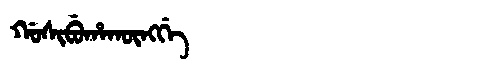
Manchu: ᡤᠣᠰᡳᠪᡠᡥᠠᡴᡡᠩᡤᡝ
Romanization: GOSIBUHAKŪNGGE